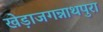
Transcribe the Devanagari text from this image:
खेड़ाजगन्नाथपुरा